Ernst_Jaakson, lk 30
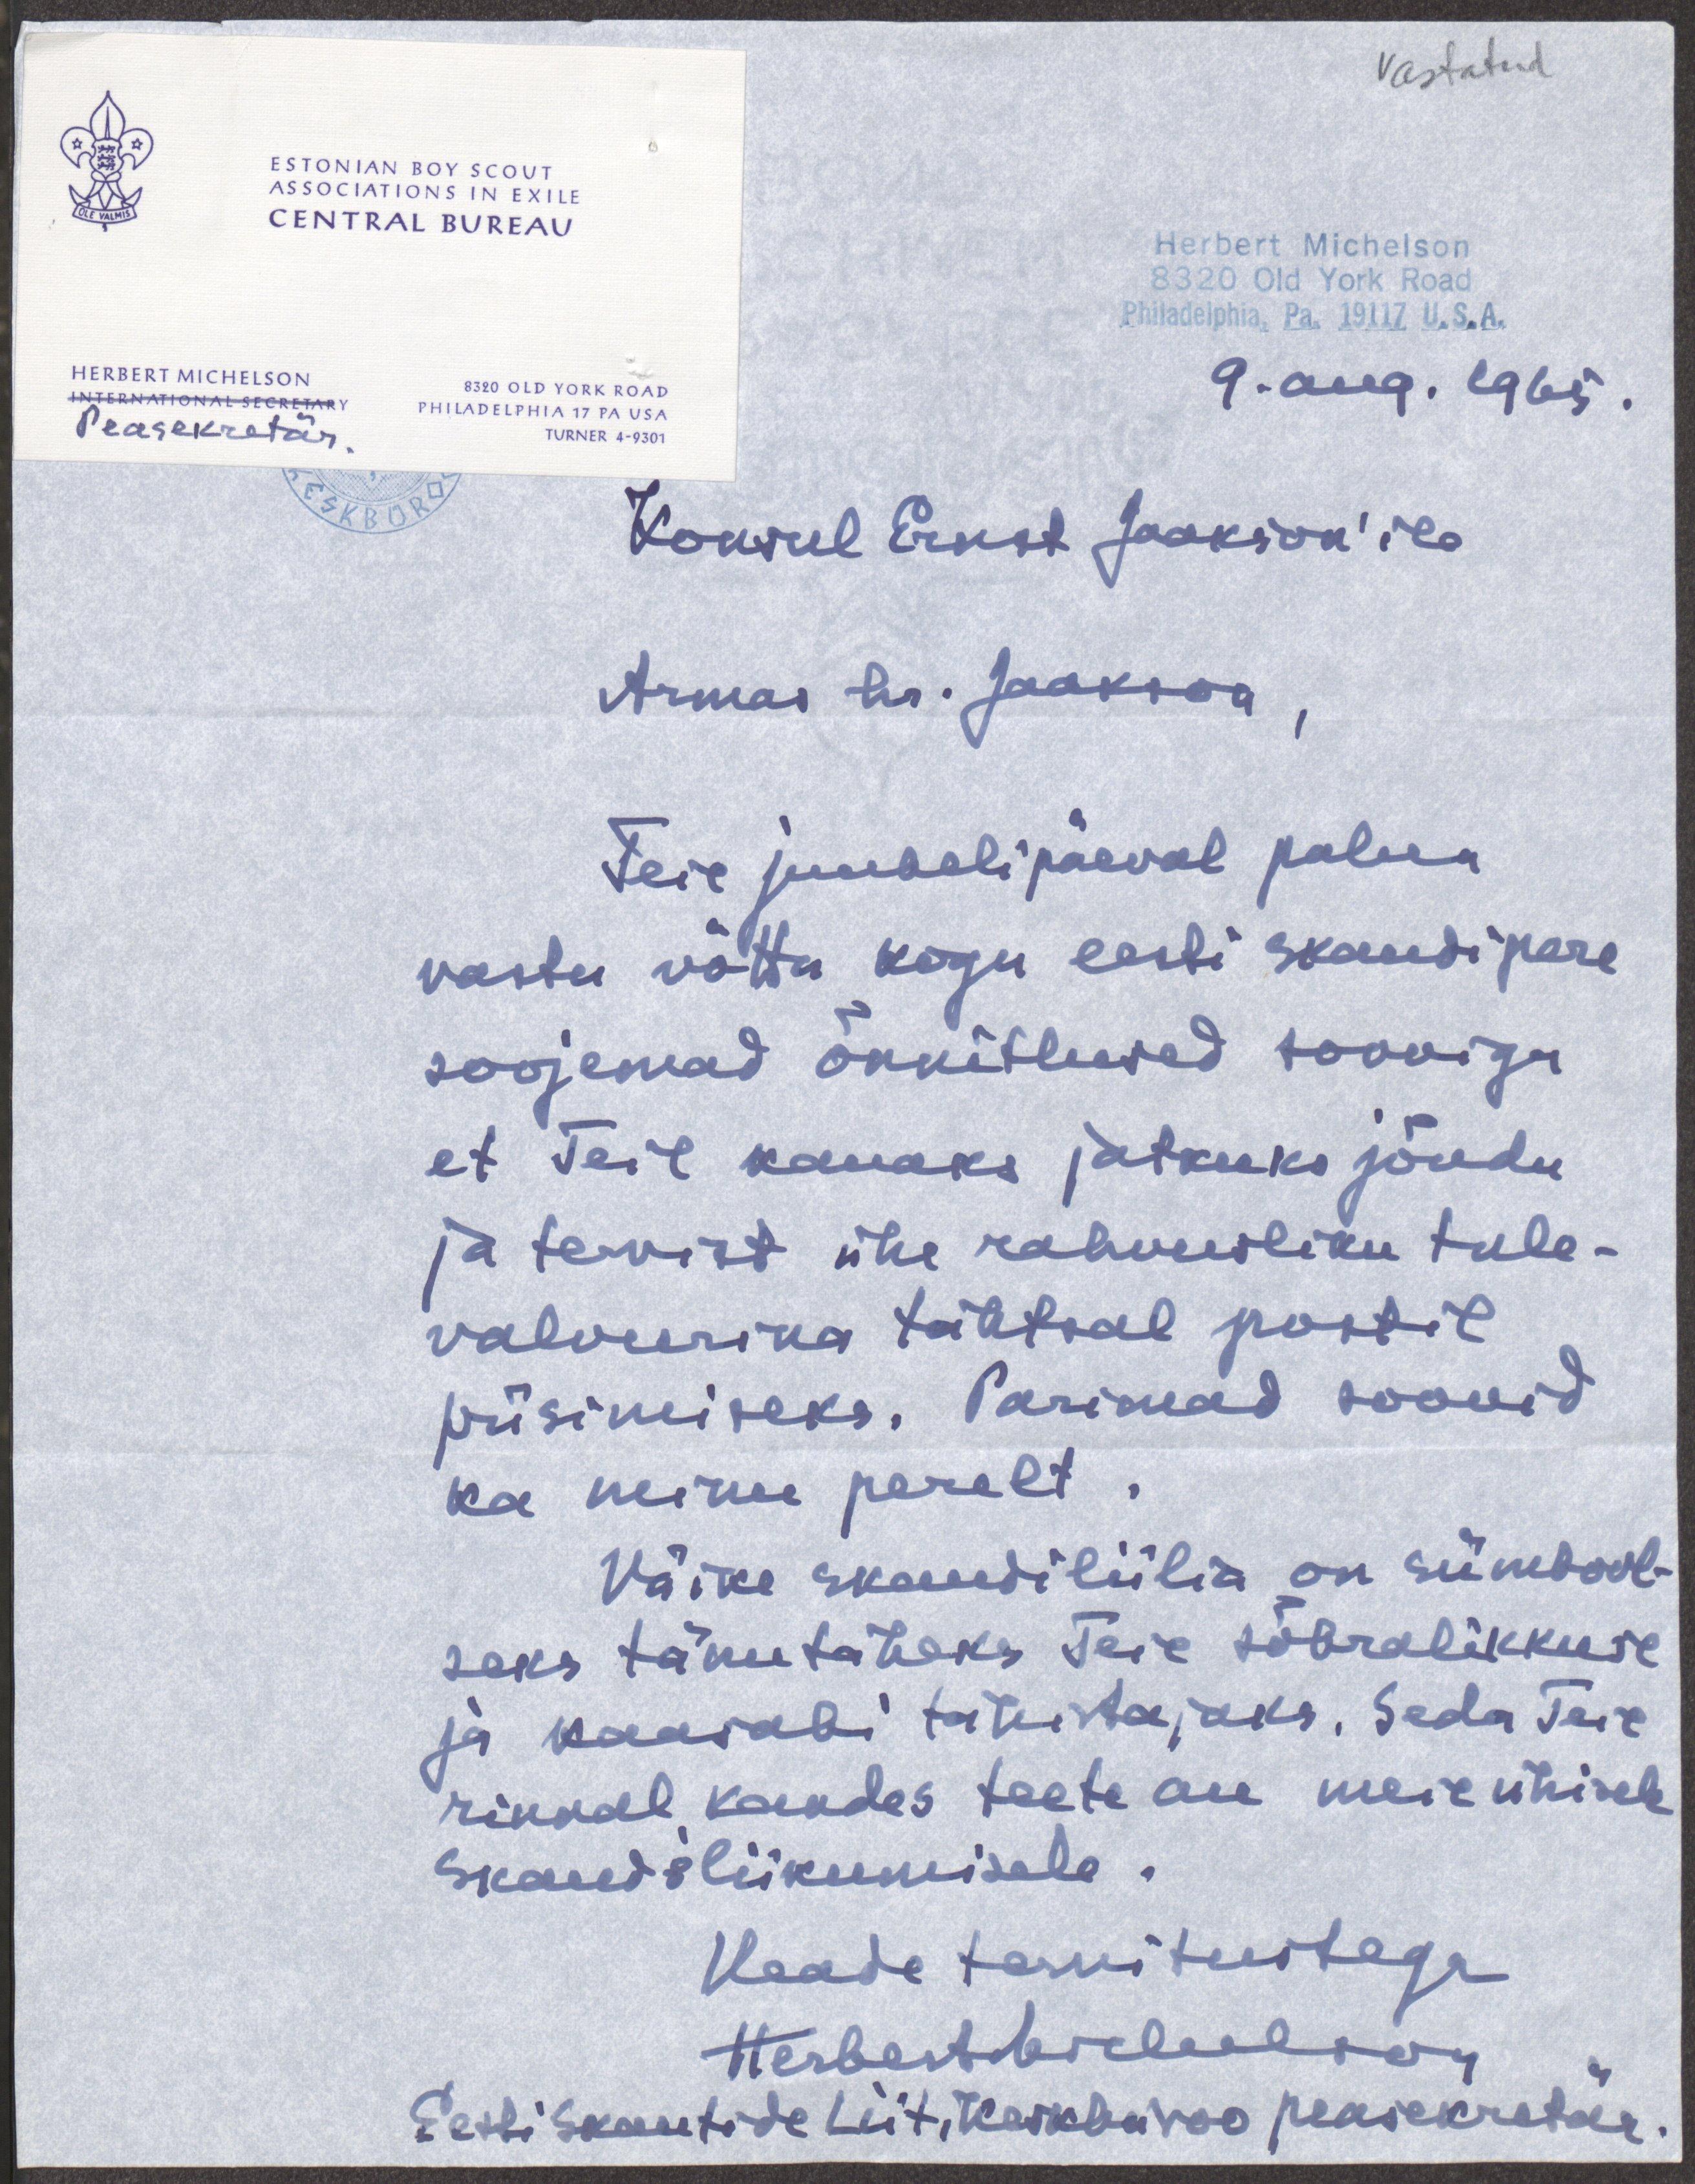
Vastatud
ESTONIAN BOY SCOUT
ASSOCIATIONS IN EXILE
CENTRAL BUSEAU
Herbert Michelson
8320 Old York Road
Philadelphia, Pa. 19117 U.S.A.
HERBERT MICHELSON
8320 OLD YORK ROAD
INTERNATIONAL SECRETARY
Peasekretär.
9. aug. 1965
PHIIADELPHIA 17 PA USA
TURNER 4-9301
Konsul Ernst Jaakson'ile
Armas hr. Jaakson,
Teie juubelipäeval palun
vastu võtta kogu eesti skaudipere
soojemad õnnitlused sooviga
et Teil kauaks jätkuks jõudu
ja tervist ühe rahvusliku tule-
valvurina tähtsal postil
püsimiseks. Parimad soovid
ka minu perelt.
Väike skaudiliilia on sümbool-
seks tänutaheks Teie sõbralikkuse
ja kaasabi tähistajaks. Seda Teie
rinnal kandes teete au meie ühisele
skaudiliikumisele.
Heade tervitustega
HerbertMichelson
Eesti skautide Liit, Keskbüroo peasekrtär.